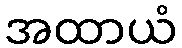
အထာယံ